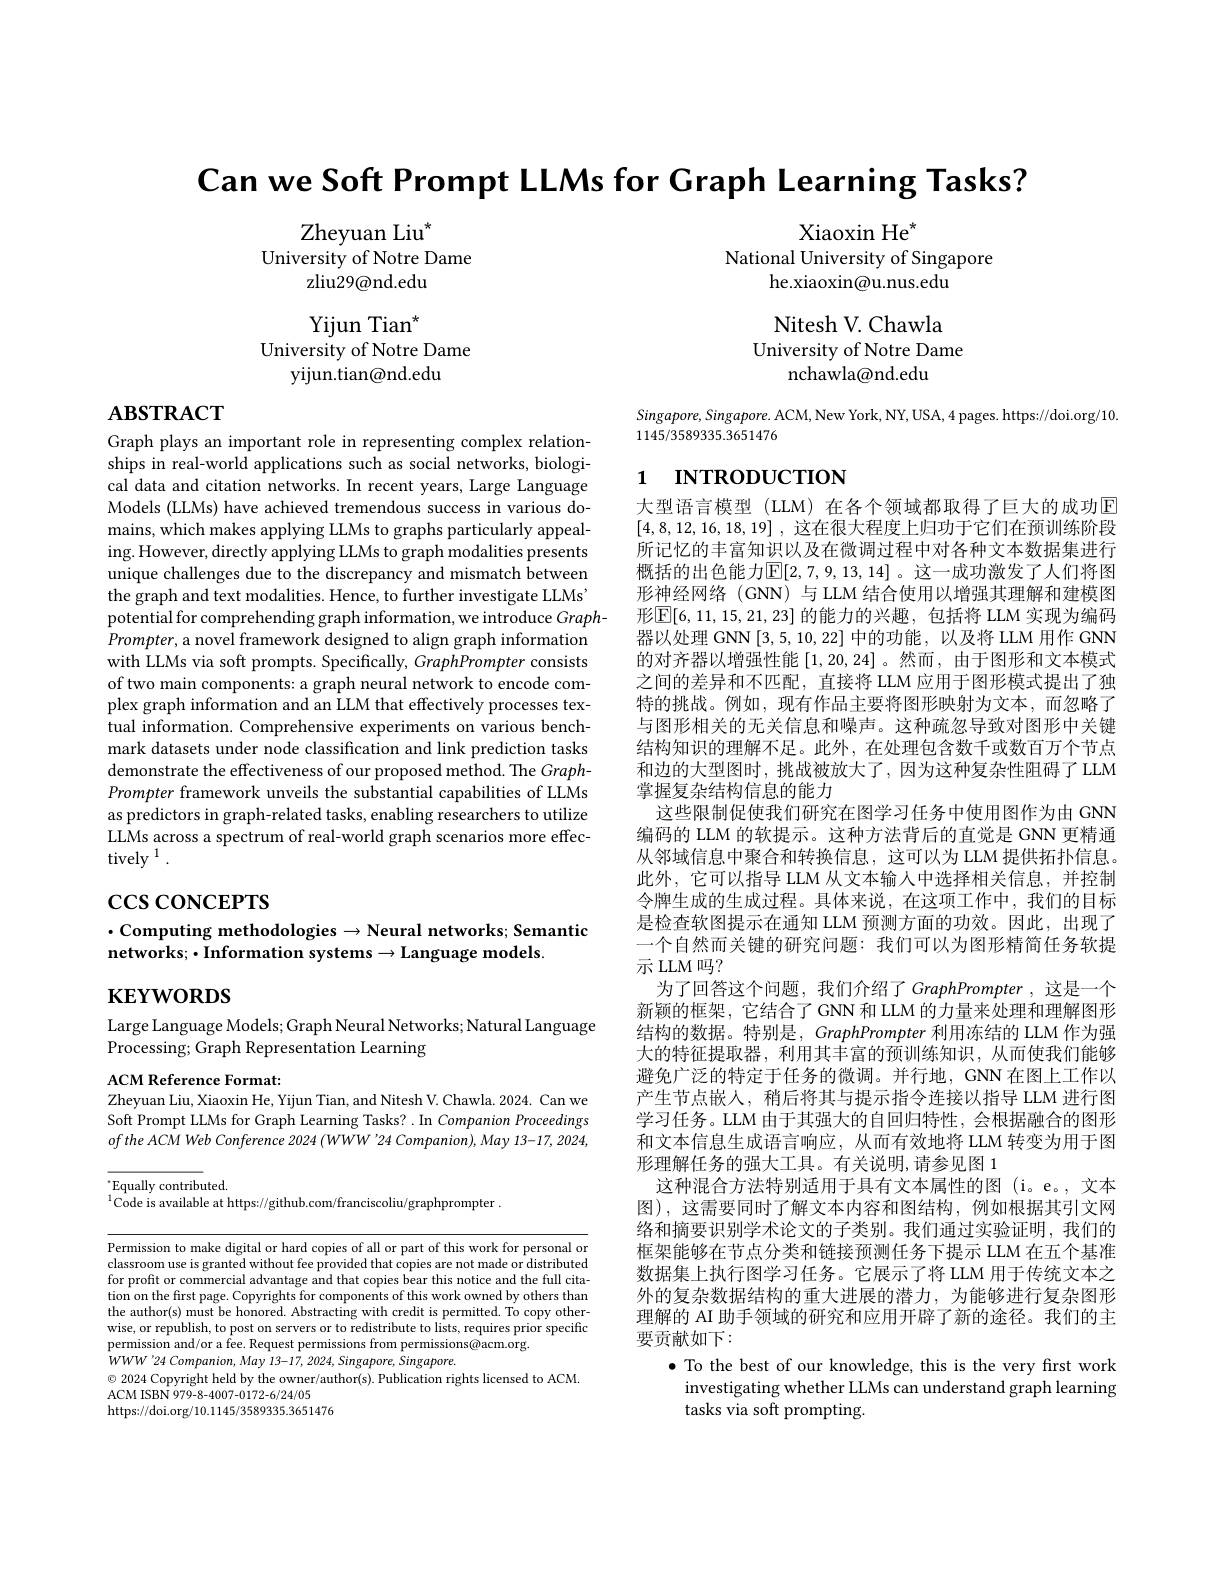
Can we Soft Prompt LLMs for Graph Learning Tasks?
Xiaoxin He$^{\star}$
Zheyuan Liu$^*$
University of Notre Dame
National University of Singapore
zliu29@nd.edu
he.xiaoxin@u.nus.edu

Yijun Tian$^{*}$
University of Notre Dame
yijun.tian@nd.edu

Nitesh V. Chawla
University of Notre Dame
nchawla@nd.edu

# Aвзткаст

$Singapore,Singapore.$ ACM, New York, NY, USA, 4 pages. https://doi.org/10.
1145/3589335.3651476

# 1 INTRODUCTION

Graph plays an important role in representing complex relationships in real-world applications such as social networks, biological data and citation networks. In recent years, Large Language Models (LLMs) have achieved tremendous success in various domains, which makes applying LLMs to graphs particularly appealing. However, directly applying LLMs to graph modalities presents unique challenges due to the discrepancy and mismatch between the graph and text modalities. Hence, to further investigate LLMs' potential for comprehending graph information, we introduce Graph-
$Prompter$, a novel framework designed to align graph information with LLMs via soft prompts. Specifically, GraphPrompter consists of two main components: a graph neural network to encode complex graph information and an LLM that effectively processes textual information. Comprehensive experiments on various benchmark datasets under node classification and link prediction tasks demonstrate the effectiveness of our proposed method. The GraphPrompter framework unveils the substantial capabilities of LLMs as predictors in graph-related tasks, enabling researchers to utilize LLMs across a spectrum of real-world graph scenarios more effectively $^1.$

$\csc\cos$concerrs

$\cdot$Computing methodologies$\to \textbf{Neural networks; Semantic}$
networks; $\cdot$Information systems$\to$Language models.

大型语言模型 (LLM) 在各个领域都取得了巨大的成功$\mathbb{E}$ [4,8,12,16,18,19] ,这在很大程度上归功于它们在预训练阶段所记忆的丰富知识以及在微调过程中对各种文本数据集进行概括的出色能力$\mathbb{E}[2,7,9,13,14]$。这一成功激发了人们将图形神经网络 (GNN) 与 LLM 结合使用以增强其理解和建模图形$\boxed{\mathbb{E}[6,11,15,21,23]\text{ 的能力的兴趣，包括将 LLM 实现为编码}}$ 器以处理 GNN [3,5,10,22]中的功能，以及将 LLM 用作 GNN 的对齐器以增强性能[1,20,24]。然而，由于图形和文本模式之间的差异和不匹配，直接将 LLM 应用于图形模式提出了独特的挑战。例如，现有作品主要将图形映射为文本，而忽略了与图形相关的无关信息和噪声。这种疏忽导致对图形中关键结构知识的理解不足。此外，在处理包含数千或数百万个节点和边的大型图时，挑战被放大了，因为这种复杂性阻碍了LLM 掌握复杂结构信息的能力
这些限制促使我们研究在图学习任务中使用图作为由 GNN 编码的 LLM 的软提示。这种方法背后的直觉是 GNN 更精通从邻域信息中聚合和转换信息，这可以为 LLM 提供拓扑信息。此外，它可以指导 LLM 从文本输人中选择相关信息，并控制令牌生成的生成过程。具体来说，在这项工作中，我们的目标是检查软图提示在通知 LLM 预测方面的功效。因此，出现了一个自然而关键的研究问题：我们可以为图形精简任务软提示 LLM 吗？
为了回答这个问题，我们介绍了 GraphPrompter ,这是一个新颖的框架，它结合了GNN 和 LLM 的力量来处理和理解图形结构的数据。特别是，GraphPrompter 利用冻结的 LLM 作为强大的特征提取器，利用其丰富的预训练知识，从而使我们能够避免广泛的特定于任务的微调。并行地，GNN 在图上工作以产生节点嵌人，稍后将其与提示指令连接以指导 LLM 进行图学习任务。LLM 由于其强大的自回归特性，会根据融合的图形和文本信息生成语言响应，从而有效地将 LLM 转变为用于图形理解任务的强大工具。有关说明，请参见图 1
这种混合方法特别适用于具有文本属性的图(i。e。,文本图),这需要同时了解文本内容和图结构，例如根据其引文网络和摘要识别学术论文的子类别。我们通过实验证明，我们的框架能够在节点分类和链接预测任务下提示 LLM 在五个基准数据集上执行图学习任务。它展示了将 LLM 用于传统文本之外的复杂数据结构的重大进展的潜力，为能够进行复杂图形理解的 AI 助手领域的研究和应用开辟了新的途径。我们的主要贡献如下：
$\bullet$ To the best of our knowledge, this is the very first work investigating whether LLMs can understand graph learning tasks via soft prompting.

$\mathbf{KEYWORDS}$

Large Language Models; Graph Neural Networks; Natural Language
Processing; Graph Representation Learning

ACM Reference Format:
Zheyuan Liu, Xiaoxin He, Yijun Tian, and Nitesh V. Chawla. 2024. Can we

Soft Prompt LLMs for Graph Learning Tasks? . In Companion Proceedings $ofthe\textit{ ACM Web Conference 2024 ( WWW' 24 Companion) , May 13- 17, 2024, }$

$^{*}$Equally contributed.
$^{1}$Code is available at https://github.com/franciscoliu/graphprompter.

Permission to make digital or hard copies of all or part of this work for personal or classroom use is granted without fee provided that copies are not made or distributed for profit or commercial advantage and that copies bear this notice and the full citation on the first page. Copyrights for components of this work owned by others than the author(s) must be honored. Abstracting with credit is permitted. To copy otherwise, or republish, to post on servers or to redistribute to lists, requires prior specific permission and/or a fee. Request permissions from permissions@acm.org.
$WWW^{\prime}24$ Companion, May 13-17, 2024, Singapore, Singapore.
$\odot$ 2024 Copyright held by the owner/author(s). Publication rights licensed to ACM.
ACM ISBN 979-8-4007-0172-6/24/05
https://doi.org/10.1145/3589335.3651476